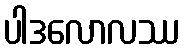
ပါဒလောလဿ